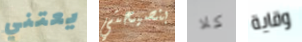
يعتني بنصيحتي كلا وقاية